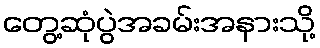
တွေ့ဆုံပွဲအခမ်းအနားသို့